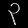
Digit: ၃